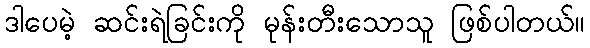
ဒါပေမဲ့ ဆင်းရဲခြင်းကို မုန်းတီးသောသူ ဖြစ်ပါတယ်။